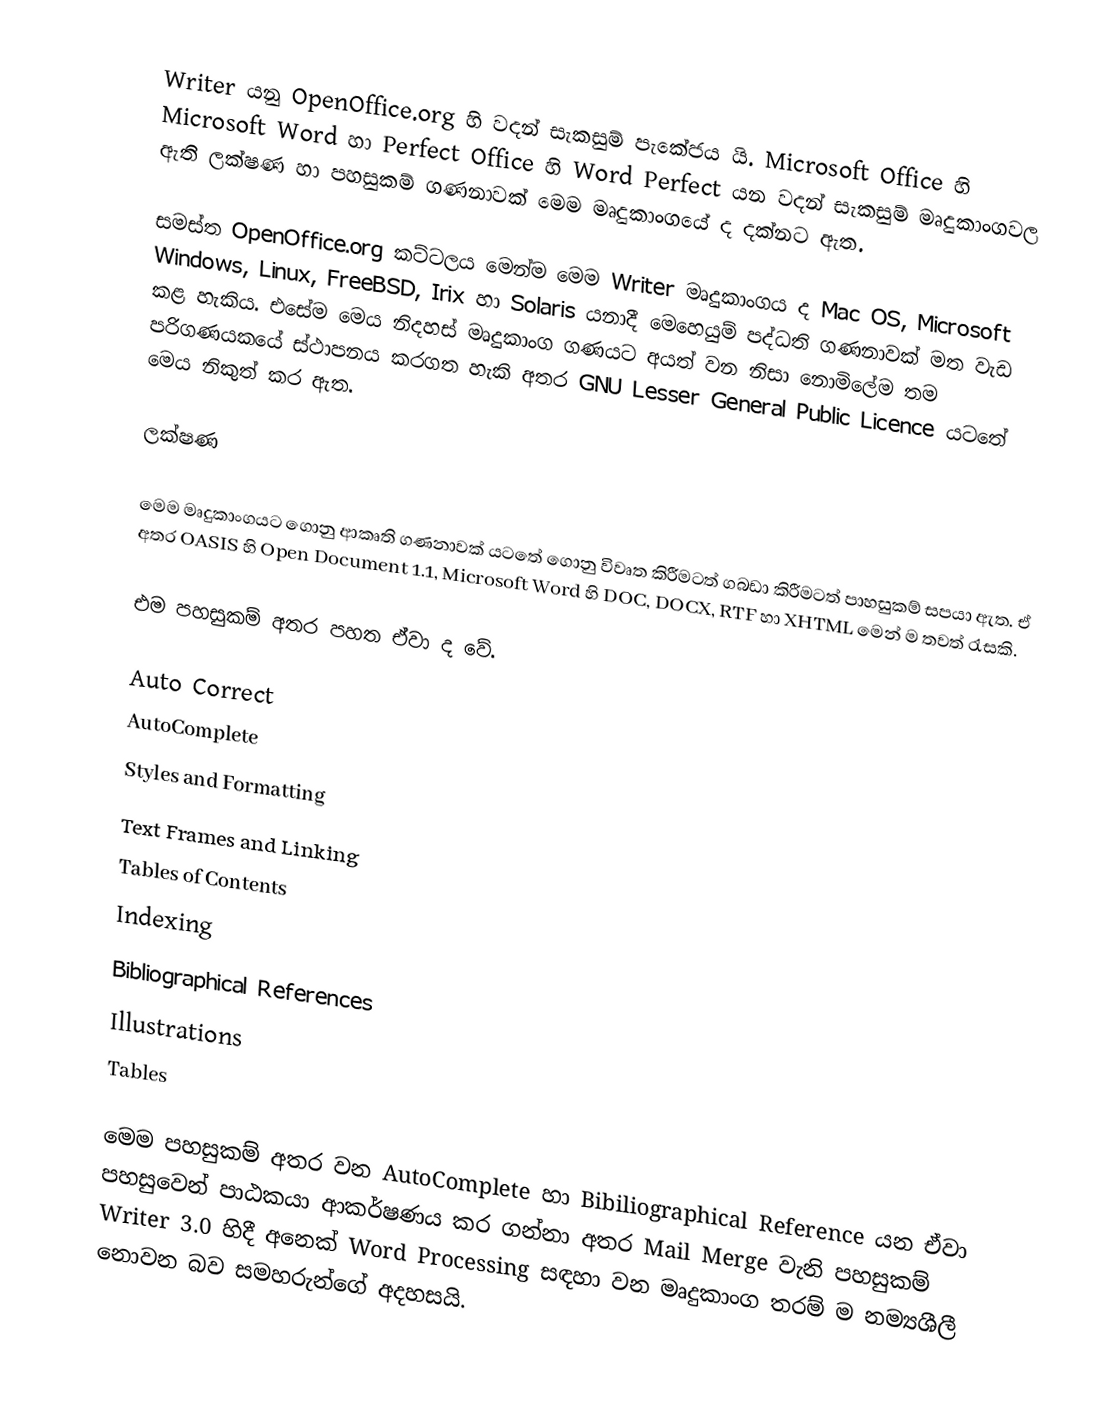
Writer යනු OpenOffice.org හි වදන් සැකසුම් පැකේජය යි. Microsoft Office හි Microsoft Word  හා Perfect Office හි Word Perfect යන වදන් සැකසුම් මෘදුකාංගවල ඇති ලක්ෂණ හා පහසුකම් ගණනාවක් මෙම මෘදුකාංගයේ ද දක්නට ඇත.

සමස්ත OpenOffice.org කට්ටලය මෙන්ම මෙම Writer මෘදුකාංගය ද Mac OS, Microsoft Windows, Linux, FreeBSD, Irix හා Solaris යනාදී මෙහෙයුම් පද්ධති ගණනාවක් මත වැඩ කළ හැකිය. එසේම මෙය නිදහස් මෘදුකාංග ගණයට අයත් වන නිසා නොමිලේම තම පරිගණයකයේ ස්ථාපනය කරගත හැකි අතර GNU Lesser General Public Licence යටතේ මෙය නිකුත් කර ඇත.

ලක්ෂණ

මෙම මෘදුකාංගයට ගොනු ආකෘති ගණනාවක් යටතේ ගොනු විවෘත කිරීමටත් ගබඩා කිරීමටත් පාහසුකම් සපයා ඇත. ඒ අතර OASIS හි Open Document 1.1, Microsoft Word හි DOC, DOCX, RTF හා XHTML මෙන් ම තවත් රැසකි.

එම පහසුකම් අතර පහත ඒවා ද වේ.

 Auto Correct
 AutoComplete
 Styles and Formatting
 Text Frames and Linking
 Tables of Contents
 Indexing
 Bibliographical References
 Illustrations
 Tables

මෙම පහසුකම් අතර වන AutoComplete හා Bibiliographical Reference යන ඒවා පහසුවෙන් පාඨකයා ආකර්ෂණය කර ගන්නා අතර Mail Merge වැනි පහසුකම් Writer  3.0 හිදී අනෙක් Word Processing සඳහා වන මෘදුකාංග තරම් ම නම්‍යශීලී නොවන බව සමහරුන්ගේ අදහසයි.